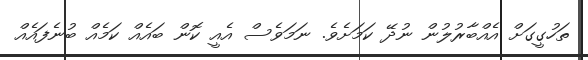
ތަހުގީގަށް އެއްބާރުލުން ނުދޭ ކަމަށެވެ. ނަމަވެސް އެއީ ކޮން ބައެއް ކަމެއް ބުނެފައެއް